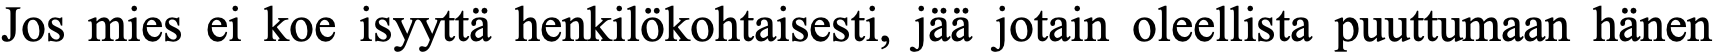
Jos mies ei koe isyyttä henkilökohtaisesti, jää jotain oleellista puuttumaan hänen